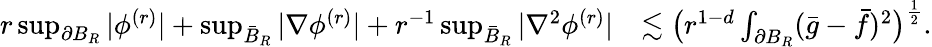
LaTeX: \begin{array}{rl}{r\operatorname*{sup}_{\partial B_{R}}|\phi^{(r)}|+\operatorname*{sup}_{\bar{B}_{R}}|\nabla\phi^{(r)}|+r^{-1}\operatorname*{sup}_{\bar{B}_{R}}|\nabla^{2}\phi^{(r)}|}&{\lesssim\big(r^{1-d}\int_{\partial B_{R}}(\bar{g}-\bar{f})^{2}\big)^{\frac{1}{2}}.}\end{array}